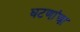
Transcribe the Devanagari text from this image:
घटणांचा